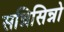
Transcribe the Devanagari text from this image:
सन्निसिन्नो